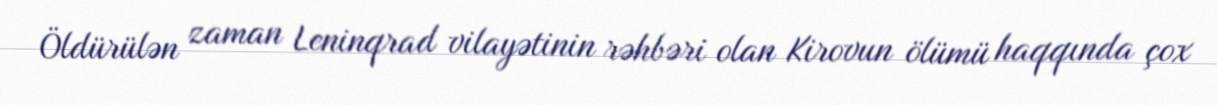
Öldürülən zaman Leninqrad vilayətinin rəhbəri olan Kirovun ölümü haqqında çox